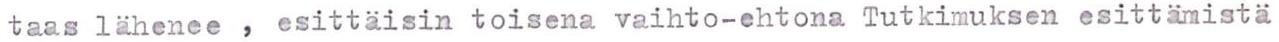
taas lähenee , esittäisin toisena vaihto-ehtona Tutkimuksen esittämistä